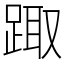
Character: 踙